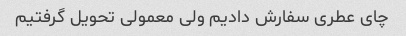
چای عطری سفارش دادیم ولی معمولی تحویل گرفتیم